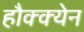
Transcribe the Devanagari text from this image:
हौक्क्येन